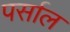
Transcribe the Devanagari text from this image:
पर्साल